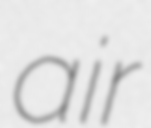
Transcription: air